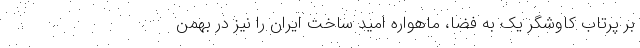
بر پرتاب کاوشگر یک به فضا، ماهواره امید ساخت ایران را نیز در بهمن